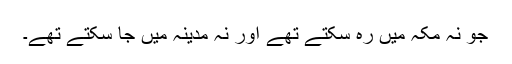
جو نہ مکہ میں رہ سکتے تھے اور نہ مدینہ میں جا سکتے تھے۔